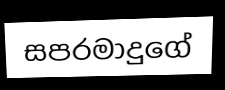
සපරමාදුගේ